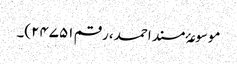
موسوعۂ مسند احمد، رقم ۲۴۷۵۱)۔